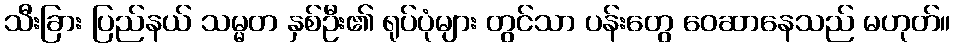
သီးခြား ပြည်နယ် သမ္မတ နှစ်ဦး၏ ရုပ်ပုံများ တွင်သာ ပန်းတွေ ဝေဆာနေသည် မဟုတ်။